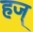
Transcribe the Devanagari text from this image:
हज्